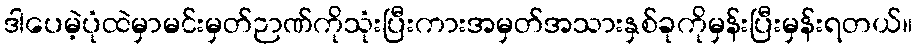
ဒါပေမဲ့ပုံထဲမှာမင်းမှတ်ဉာဏ်ကိုသုံးပြီးကားအမှတ်အသားနှစ်ခုကိုမှန်းပြီးမှန်းရတယ်။